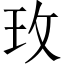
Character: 玫